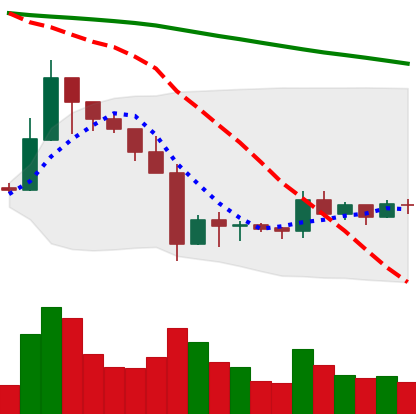
Ticker: XRP-USD
Chart end date: 2019-10-05
Forward return: 7.345%
Label: up_7plus